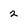
Character: 2